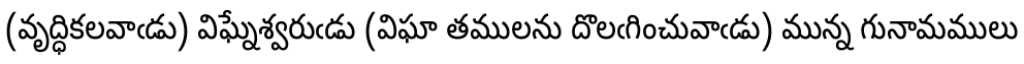
(వృద్ధికలవాఁడు) విఘ్నేశ్వరుఁడు (విఘా తములను దొలఁగించువాఁడు) మున్న గునామములు